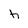
Character: h